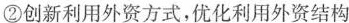
②创新利用外资方式，优化利用外资结构